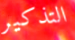
التذكير